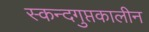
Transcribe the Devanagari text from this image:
स्कन्दगुप्तकालीन